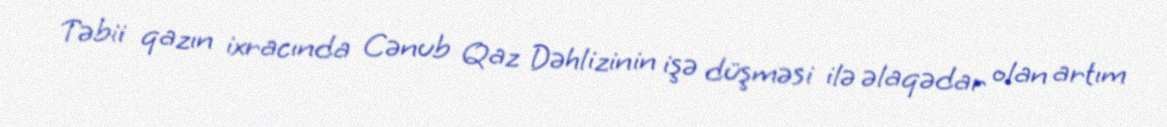
Təbii qazın ixracında Cənub Qaz Dəhlizinin işə düşməsi ilə əlaqədar olan artım